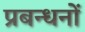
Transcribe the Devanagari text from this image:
प्रबन्धनाें